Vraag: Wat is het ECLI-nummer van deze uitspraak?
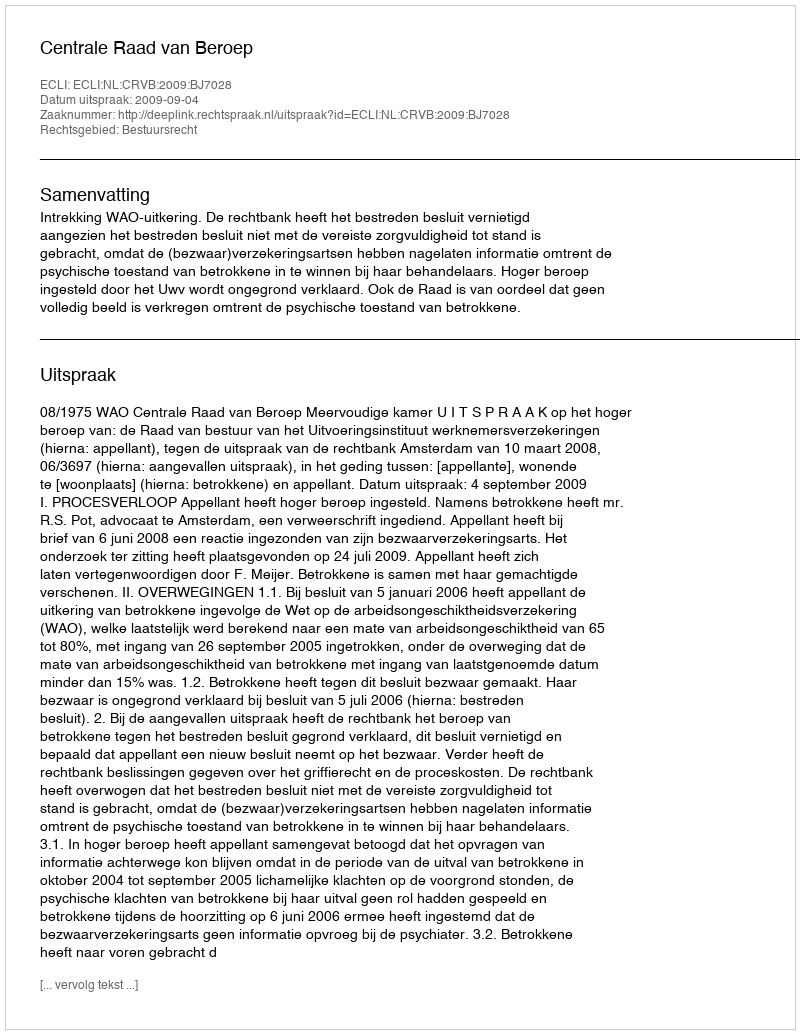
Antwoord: ECLI:NL:CRVB:2009:BJ7028